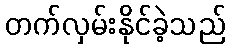
တက်လှမ်းနိုင်ခဲ့သည်